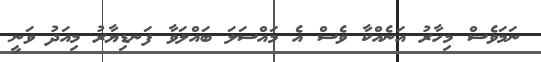
ނަމަވެސް މިހާރު އަނެއްކާ ވެސް އެ މައްސަލަ ބައްލަވާ ފަނޑިޔާރު މިއަދު ވަނީ